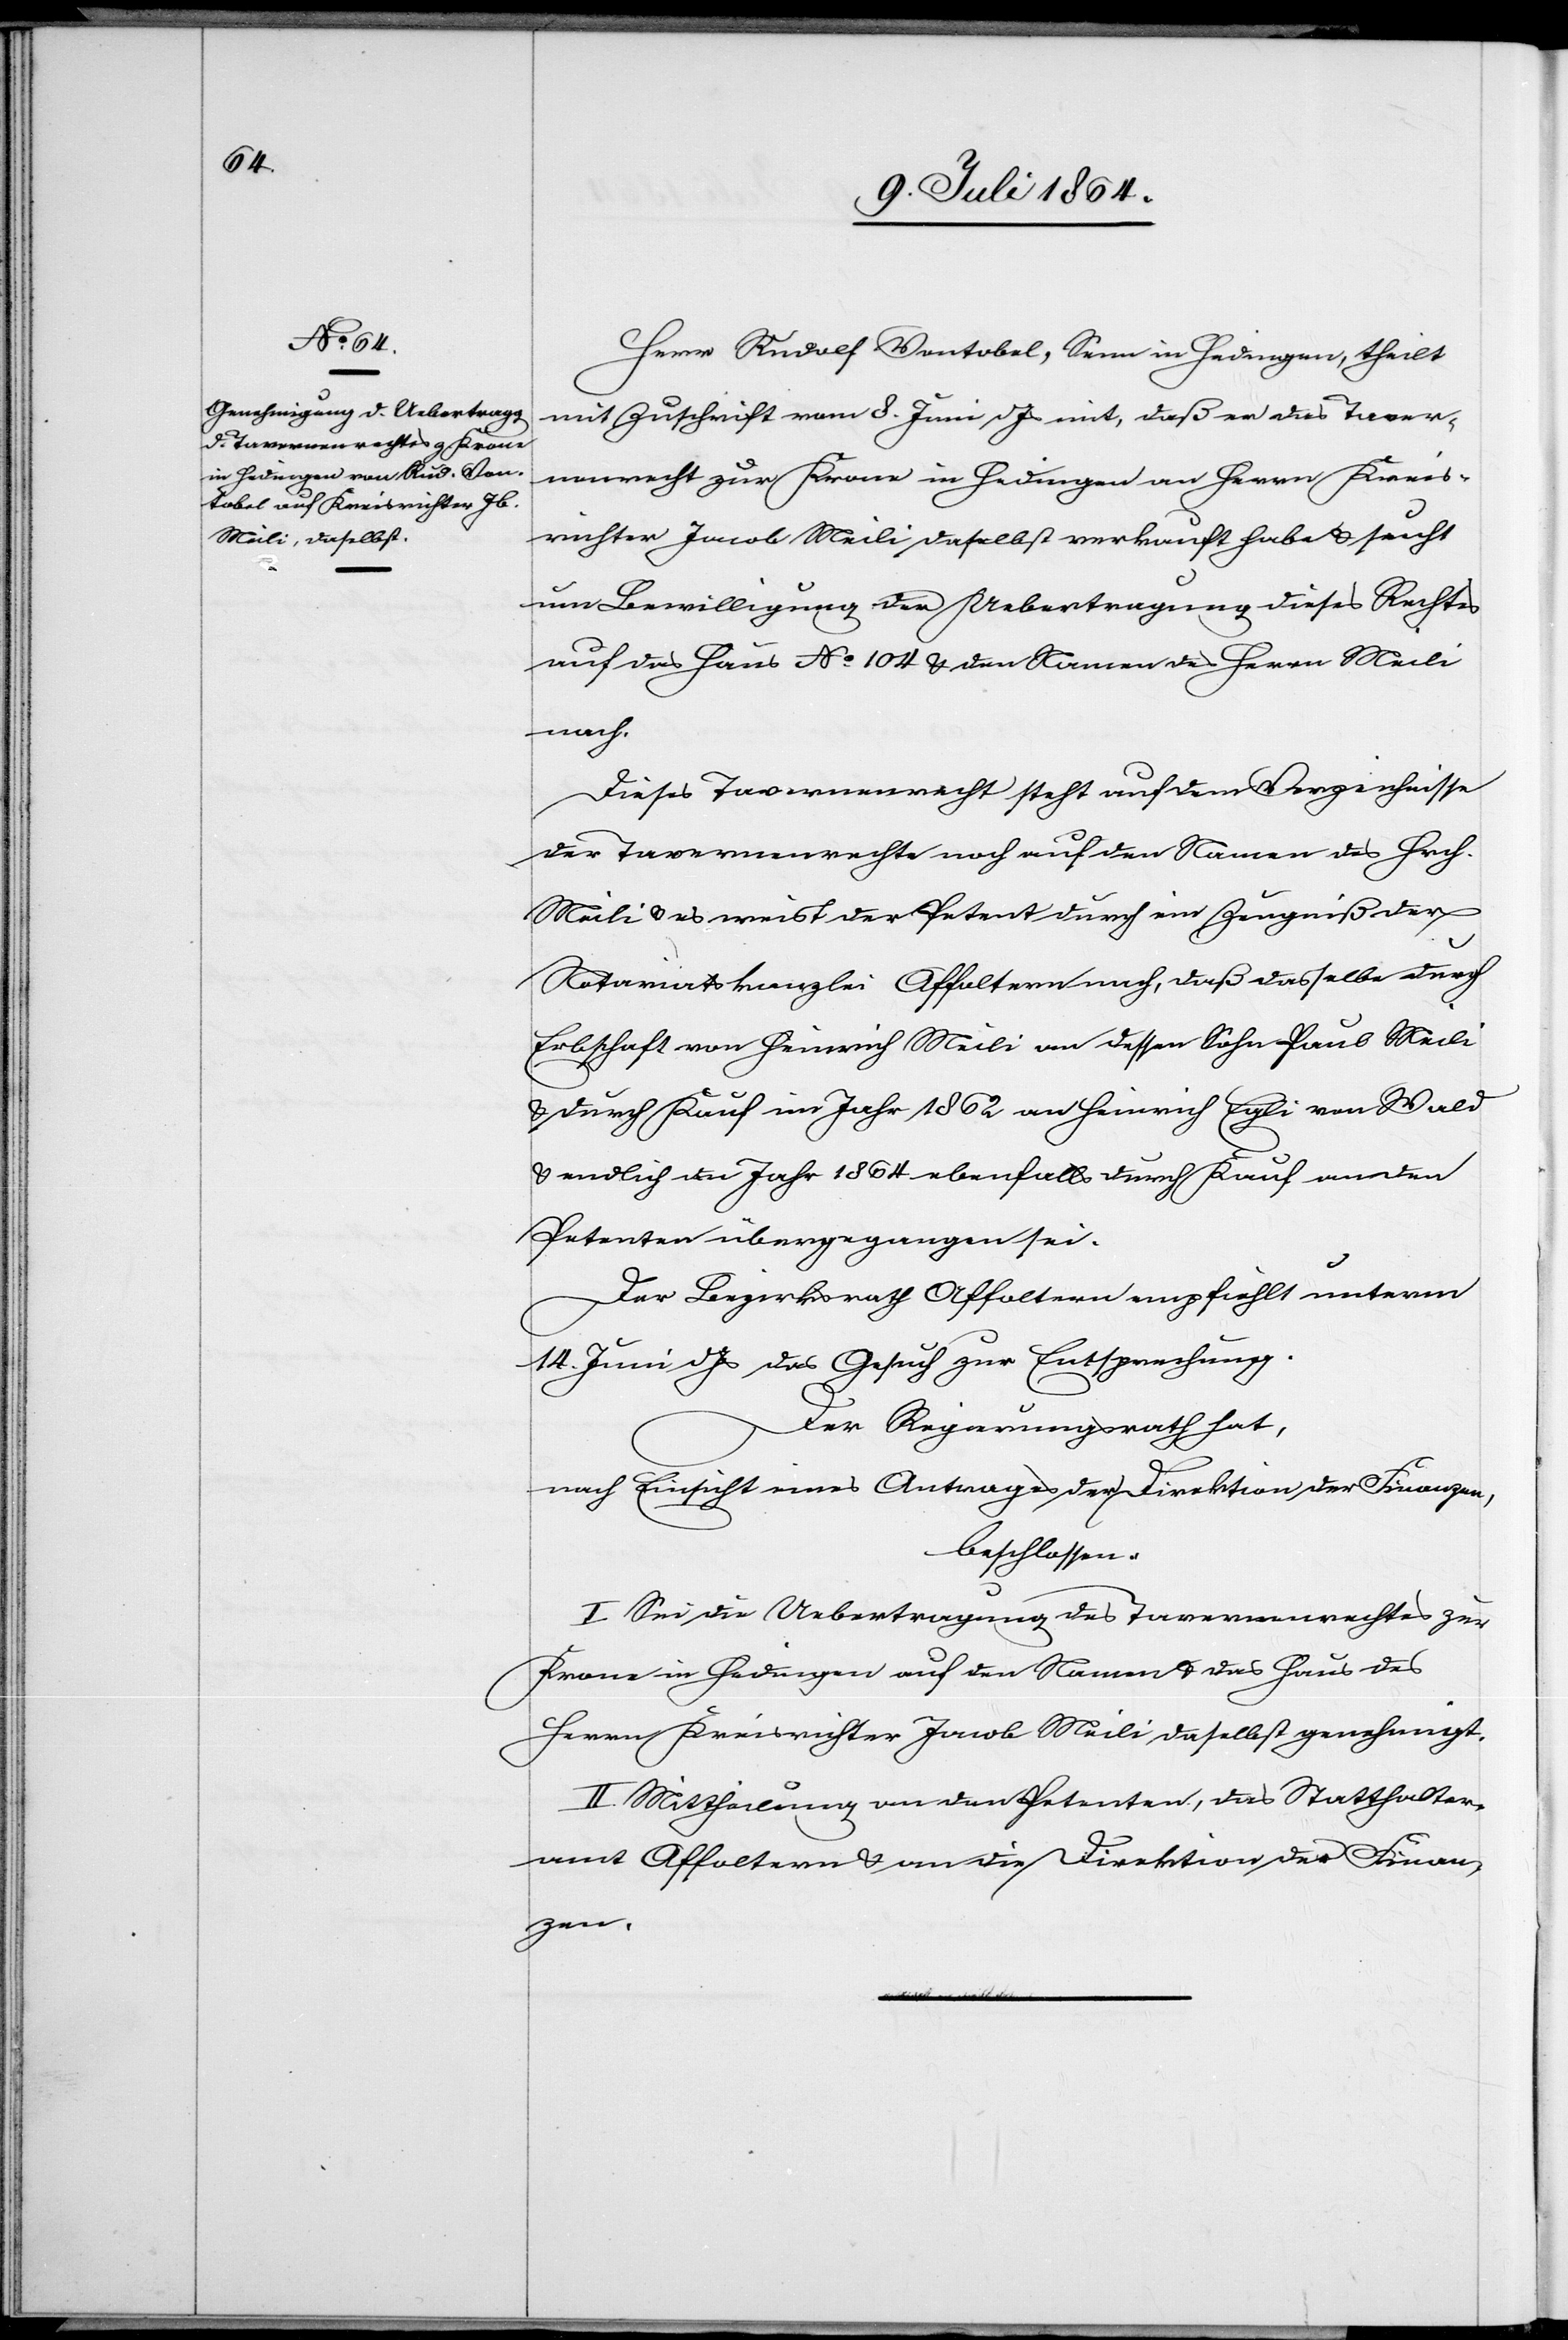
Herr Rudolf Vontobel, Senn in Hedingen, theilt
mit Zuschrift vom 8. Juni d. Js. mit, daß er das Taver¬
nenrecht zur Krone in Hedingen an Herrn Kreis¬
richter Jacob Meili daselbst verkauft habe u. sucht
um Bewilligung der Uebertragung dieses Rechtes
auf das Haus No 104 u. den Namen des Herrn Meili
nach.
Dieses Tavernenrecht steht auf dem Verzeichnisse
der Tavernenrechte noch auf den Namens des Hrch.
Meili u. es weist der Petent durch ein Zeugniß der
Notariatskanzlei Affoltern nach, daß dasselbe durch
Erbschaft von Heinrich Meili an dessen Sohn Paul Meili
u. durch Kauf im Jahr 1862 an Heinrich Egli von Wald
u. endlich [?im] Jahr 1864 ebenfalls durch Kauf an den
Petenten übergegangen sei.
Der Bezirksrath Affoltern empfiehlt unterm
14. Juni d. Js. das Gesuch zur Entsprechung.
Der Regierungsrath hat,
nach Einsicht eines Antrages der Direktion der Finanzen,
beschlossen:
I. Sei die Uebertragung des Tavernenrechtes zur
Krone in Hedingen auf den Namen u. das Haus des
Herrn Kreisrichter Jacob Meili daselbst genehmigt.
II. Mittheilung an den Petenten, das Statthalter¬
amt Affoltern u. an die Direktion der Finan¬
zen.